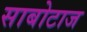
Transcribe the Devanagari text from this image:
साबोटाज